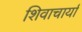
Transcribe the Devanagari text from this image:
शिवाचार्या